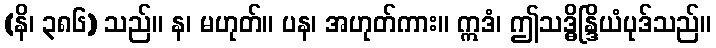
(နိ၊ ၃၈၆) သည်။ န၊ မဟုတ်။ ပန၊ အဟုတ်ကား။ ဣဒံ၊ ဤသဒ္ဓိန္ဒြိယံပုဒ်သည်။